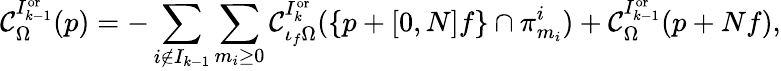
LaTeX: \mathcal{C}_{\Omega}^{I_{k-1}^{\mathrm{or}}}(p)=-\sum_{i\notin I_{k-1}}\sum_{m_{i}\ge 0}\mathcal{C}_{\iota_{f}\Omega}^{I_{k}^{\mathrm{or}}}(\{ p+[0,N]f\} \cap\pi_{m_{i}}^{i})+\mathcal{C}_{\Omega}^{I_{k-1}^{\mathrm{or}}}(p+Nf),